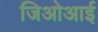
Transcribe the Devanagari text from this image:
जिओआई